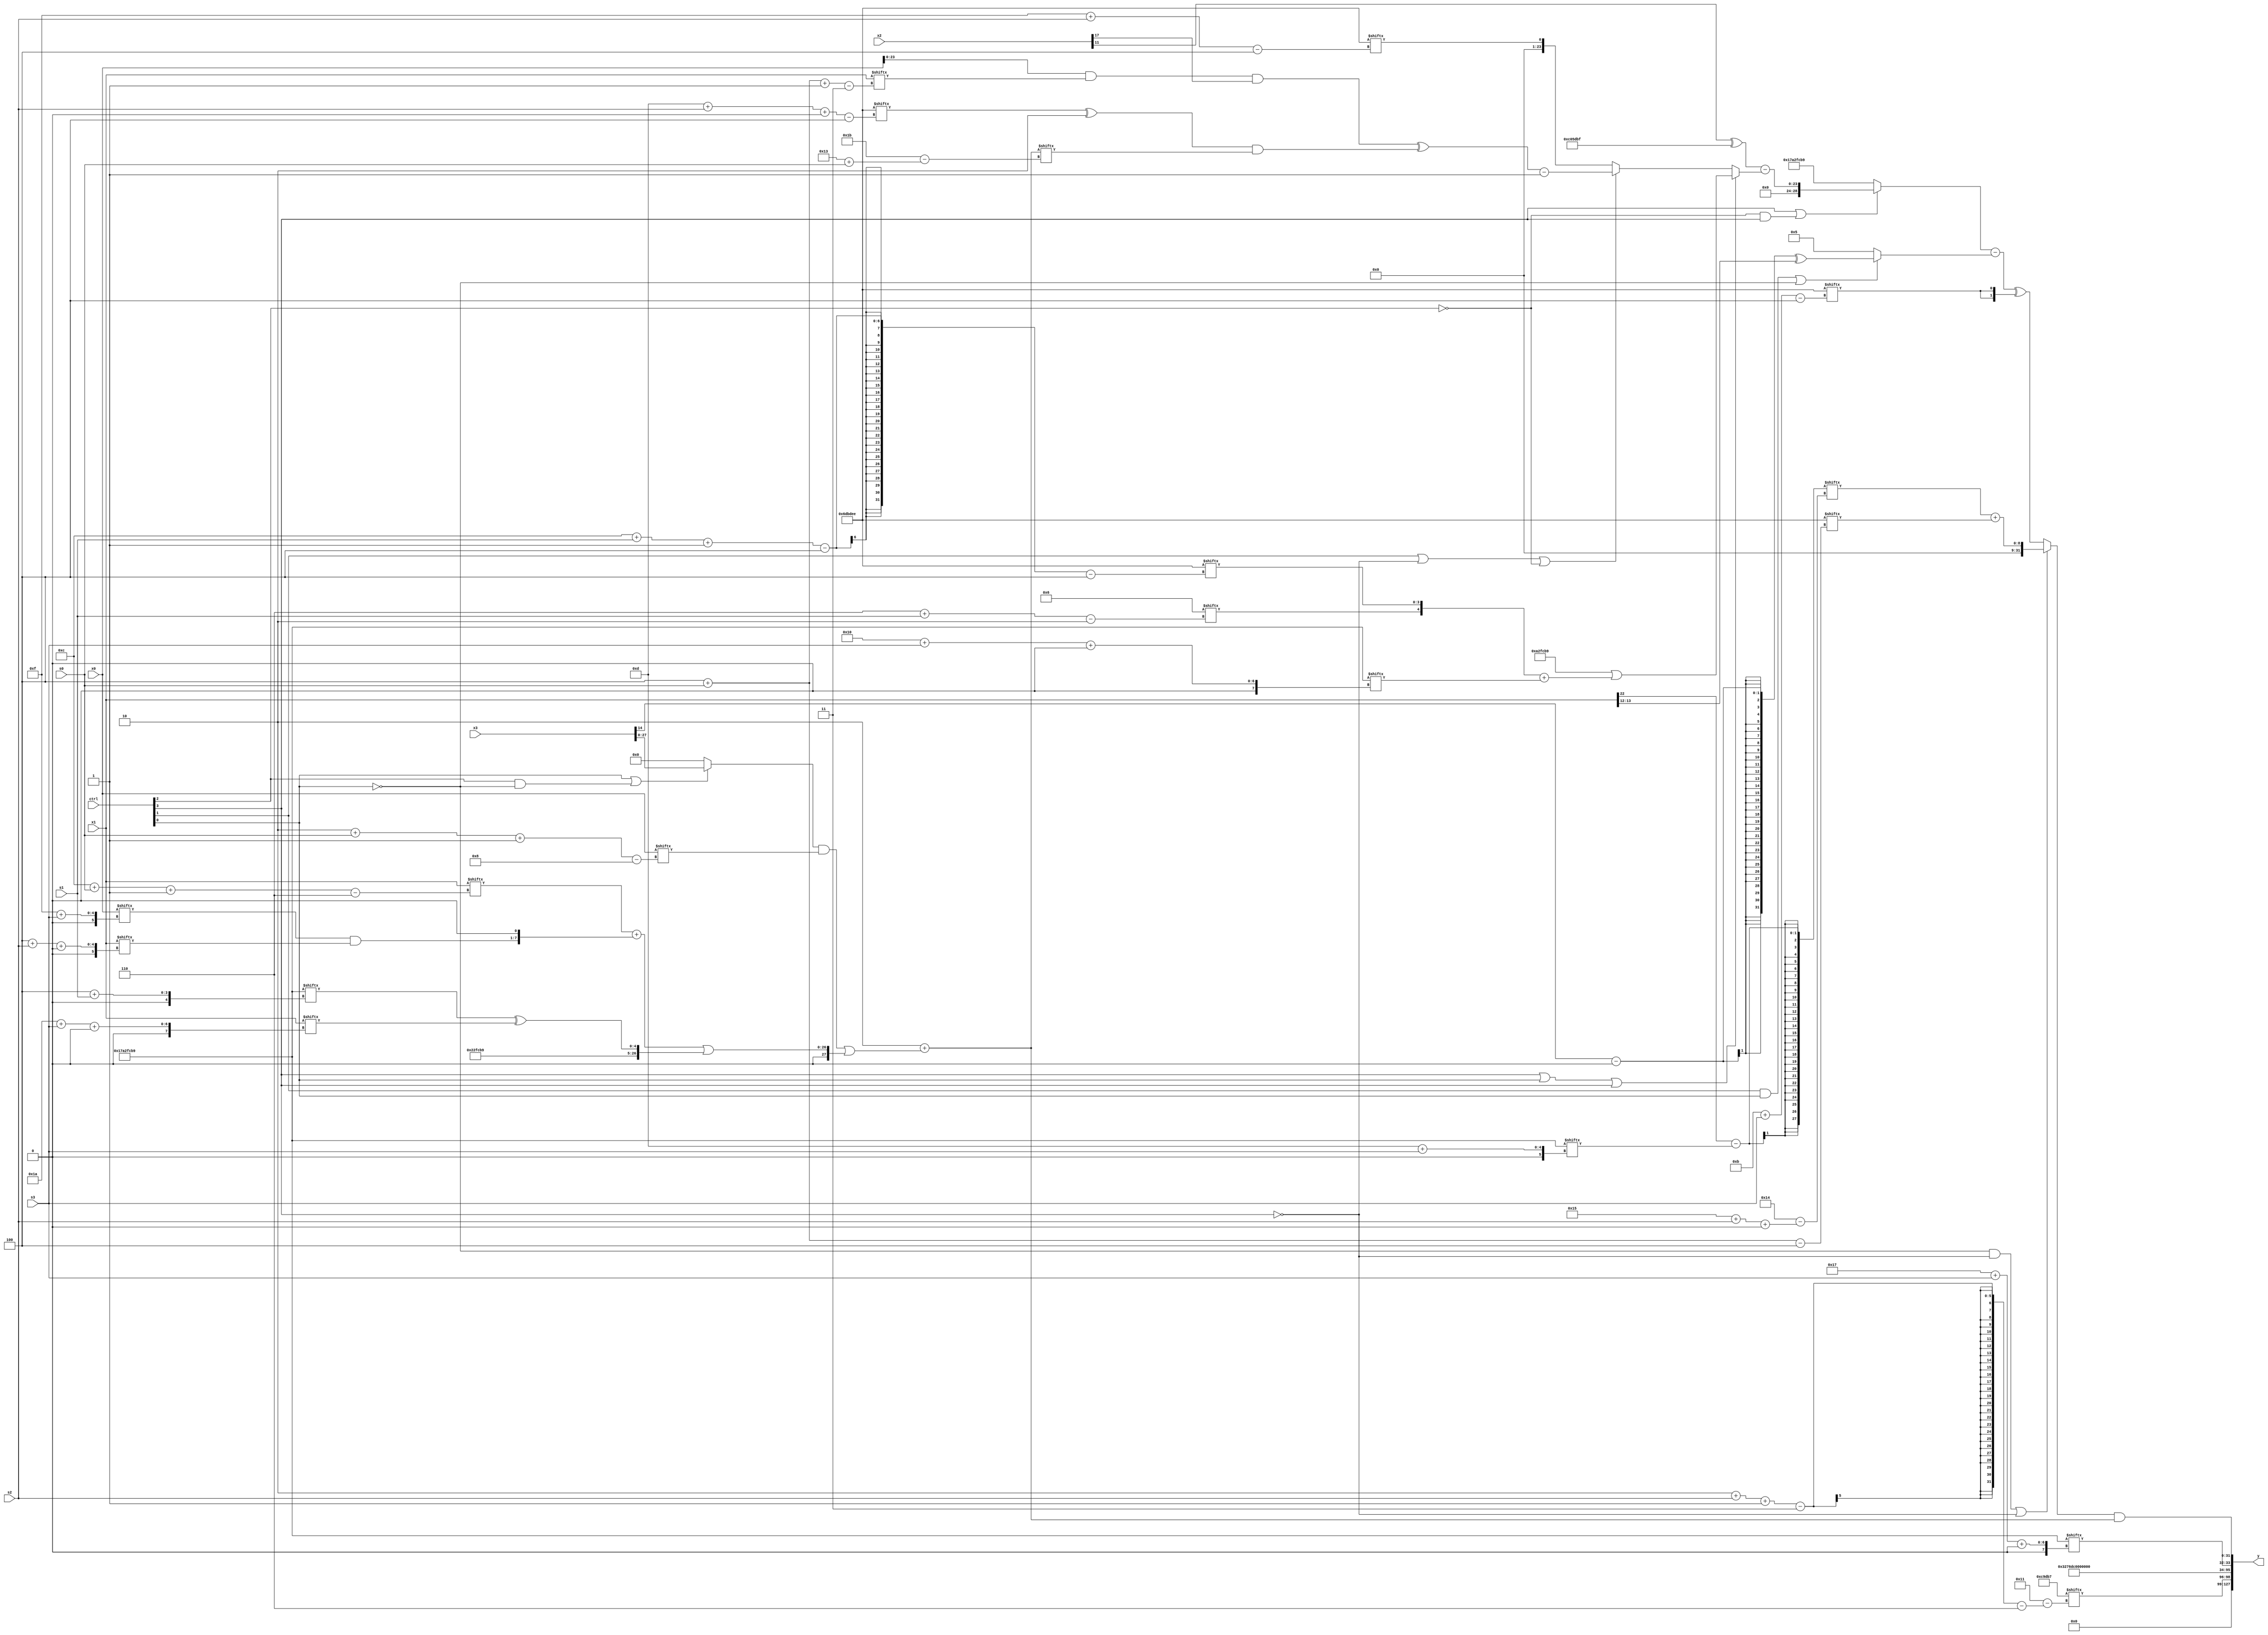
module partsel_00047(ctrl, s0, s1, s2, s3, x0, x1, x2, x3, y);
  input [3:0] ctrl;
  input [2:0] s0;
  input [2:0] s1;
  input [2:0] s2;
  input [2:0] s3;
  input [31:0] x0;
  input [31:0] x1;
  input signed [31:0] x2;
  input [31:0] x3;
  wire signed [0:27] x4;
  wire [0:24] x5;
  wire signed [25:0] x6;
  wire [0:27] x7;
  wire [29:2] x8;
  wire signed [24:2] x9;
  wire [28:4] x10;
  wire signed [25:2] x11;
  wire [6:29] x12;
  wire [3:25] x13;
  wire signed [3:26] x14;
  wire [2:31] x15;
  output [127:0] y;
  wire [31:0] y0;
  wire [31:0] y1;
  wire signed [31:0] y2;
  wire signed [31:0] y3;
  assign y = {y0,y1,y2,y3};
  localparam [6:25] p0 = 261922231;
  localparam [31:0] p1 = 396557497;
  localparam [27:4] p2 = 510508526;
  localparam signed [0:25] p3 = 961716177;
  assign x4 = (x1[22] - p1[13 + s3]);
  assign x5 = x1[12 +: 2];
  assign x6 = p2[2 + s1 -: 6];
  assign x7 = (p0[22 -: 2] + (({2{(ctrl[0] || ctrl[2] && !ctrl[0] ? x3 : p1[18 -: 1])}} & x0[2 + s0 -: 8]) | ((x1[12 + s0 -: 6] + {(x0[15 + s3] & x1[4 + s2 +: 7]), x5[14 -: 1]}) | {p1, (p1[4 + s1] ^ x1[26 + s3 +: 5])})));
  assign x8 = p1[7 + s2 +: 7];
  assign x9 = ((p2[13 + s2 +: 3] ^ p3[19 +: 2]) & x7[19 + s0]);
  assign x10 = x2[17];
  assign x11 = p3[20 -: 3];
  assign x12 = {2{x1[1 + s0 +: 1]}};
  assign x13 = ((ctrl[1] || !ctrl[2] && !ctrl[2] ? (!ctrl[2] && ctrl[1] || !ctrl[1] ? x6 : (ctrl[1] || !ctrl[3] || !ctrl[2] ? p1[16 -: 4] : x0[13 +: 3])) : (({2{x2[12 +: 2]}} ^ {2{x9[18 -: 4]}}) - ((!ctrl[1] && ctrl[1] && ctrl[3] ? x3[18 + s2 -: 1] : x7) ^ x4[25 + s1 -: 1]))) - ((!ctrl[2] || ctrl[2] && ctrl[2] ? x3 : p3[15 + s2 +: 2]) & p2));
  assign x14 = ((x2[11] ^ ({(x6[17 + s2 +: 2] ^ p0), {x7, p3}} + {2{p2}})) - (ctrl[3] || ctrl[0] || ctrl[3] ? ({x12[29 + s1 -: 1], p1} | ({x11[6 + s1], p2[12 + s1 -: 4]} + p1[16 + s3 +: 2])) : (ctrl[1] || !ctrl[3] || !ctrl[2] ? ((((x0 & x1[4 + s0 -: 3]) & x10) ^ x9) - p1[17]) : p2[15 + s2])));
  assign x15 = (({{2{p2[14]}}, x12[20 -: 4]} & x14[13 + s3]) - {x8, (((x12[22] ^ (x5[3 + s3 +: 7] + (p1[20 -: 4] - x5[20 -: 2]))) + x8[13 +: 2]) - ((p2[5 + s2] & x10[12 + s1]) ^ (p1[16 + s2 +: 3] | p0[12 +: 4])))});
  assign y0 = p0[2 + s2 -: 3];
  assign y1 = p0;
  assign y2 = p1[23 + s3 +: 2];
  assign y3 = ((!ctrl[0] && !ctrl[3] || !ctrl[3] ? (x4[21 + s2 +: 8] + p2[4 + s0]) : (((ctrl[3] || !ctrl[2] && ctrl[3] ? x14 : p1) - (ctrl[1] && ctrl[0] || !ctrl[0] ? ((x3[14] - x5[22 -: 3]) ^ x5) : p3[21 -: 3])) ^ {2{p2[11 + s3]}})) & x7);
endmodule